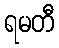
ရမတီ